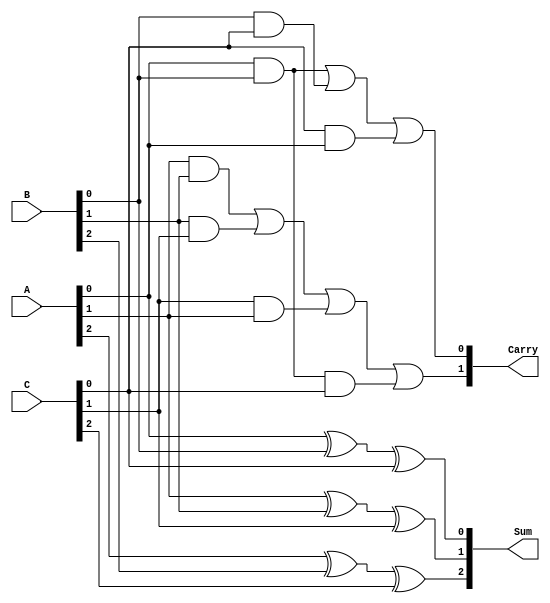
module CarrySaveAdder (
    input  [2:0] A,  // 3-bit input A
    input  [2:0] B,  // 3-bit input B
    input  [2:0] C,  // 3-bit input C
    output [2:0] Sum, // 3-bit output Sum
    output [1:0] Carry // 2-bit output Carry
);

    // Sum Calculation
    assign Sum[0] = A[0] ^ B[0] ^ C[0]; // Sum bit 0
    assign Sum[1] = A[1] ^ B[1] ^ C[1]; // Sum bit 1
    assign Sum[2] = A[2] ^ B[2] ^ C[2]; // Sum bit 2

    // Carry Calculation
    assign Carry[0] = (A[0] & B[0]) | (B[0] & C[0]) | (C[0] & A[0]); // Carry bit 0
    assign Carry[1] = (A[1] & B[1]) | (B[1] & C[1]) | (C[1] & A[1]) | (A[0] & B[0] & C[0]); // Carry bit 1

endmodule